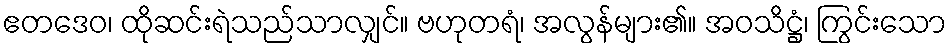
ဧတဒေဝ၊ ထိုဆင်းရဲသည်သာလျှင်။ ဗဟုတရံ၊ အလွန်များ၏။ အဝသိဋ္ဌံ၊ ကြွင်းသော